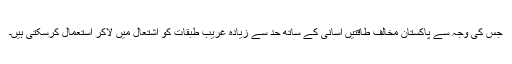
جس کی وجہ سے پاکستان مخالف طاقتیں آسانی کے ساتھ حد سے زیادہ غریب طبقات کو اشتعال میں لاکر استعمال کرسکتی ہیں۔